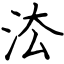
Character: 㳒